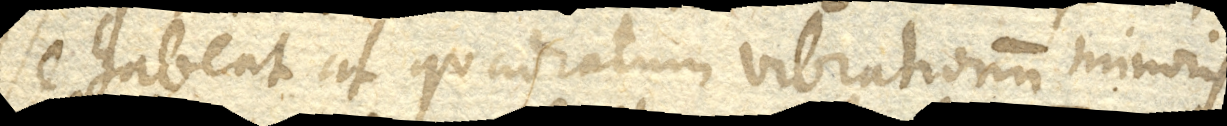
se habeat ut quadratum vibrationum minoris